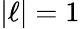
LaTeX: |\ell|=1